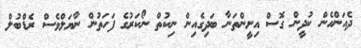
ދެއަންހެން ކުދީން ގޮސް އިށީންތަނާ ބަދިގެއިން ނިކުތް ނޯކަރުގެ ފަހަތުން ނާޔަލްވެސް ރެޑްބުލް